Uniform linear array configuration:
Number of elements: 48
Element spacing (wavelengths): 0.25
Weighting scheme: uniform
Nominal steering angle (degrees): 15
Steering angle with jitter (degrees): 14.223
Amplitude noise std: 0.05
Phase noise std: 0.05

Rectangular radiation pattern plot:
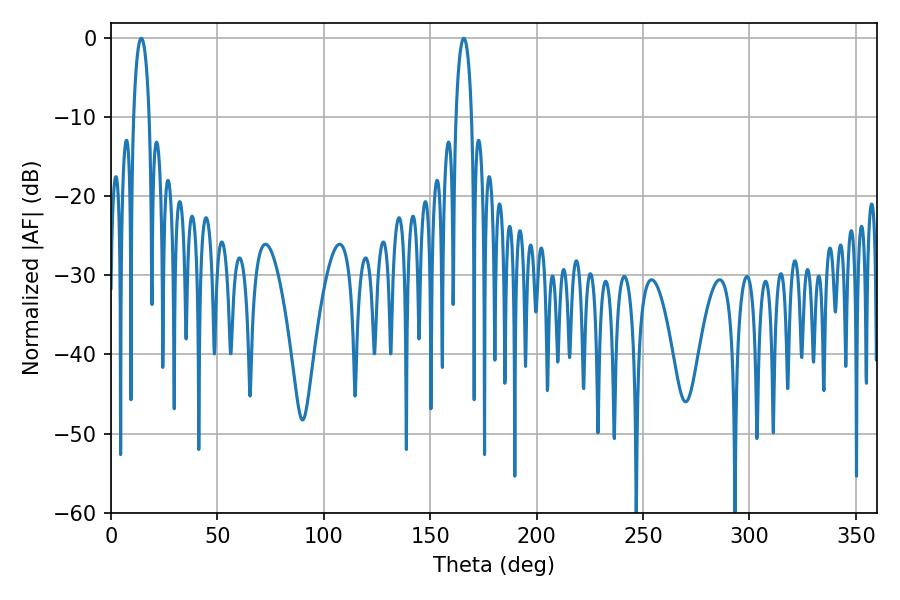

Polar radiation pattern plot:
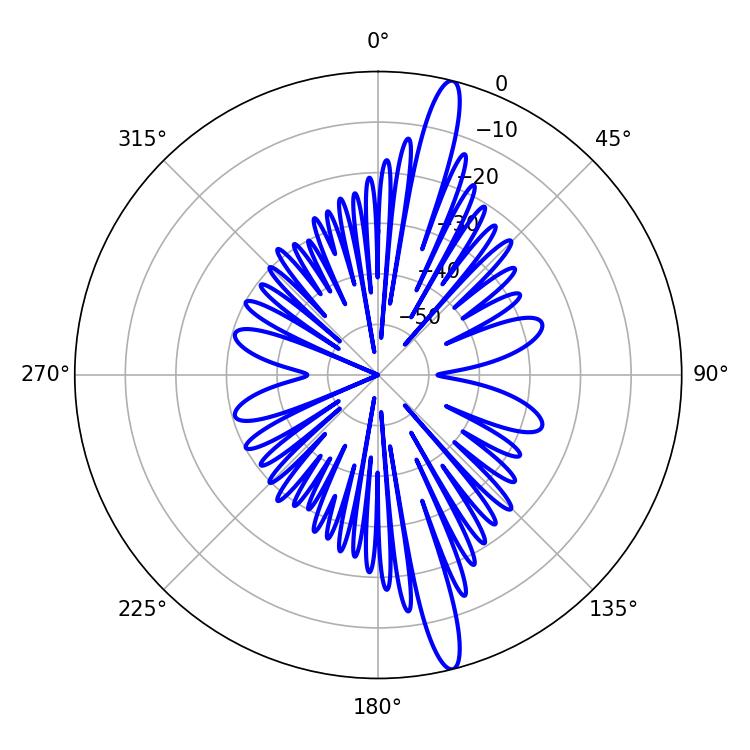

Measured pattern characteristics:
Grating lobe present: FALSE
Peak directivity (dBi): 16.732
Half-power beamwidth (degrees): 4.14
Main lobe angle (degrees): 165.78